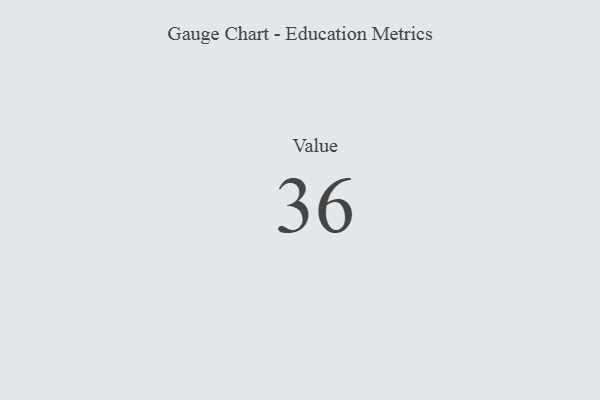
{"axis": {"x": "Metric", "y": "Value"}, "legend": [""], "data": [{"x": "Value", "y": 36, "type": ""}]}